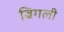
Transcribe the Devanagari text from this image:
बिगली